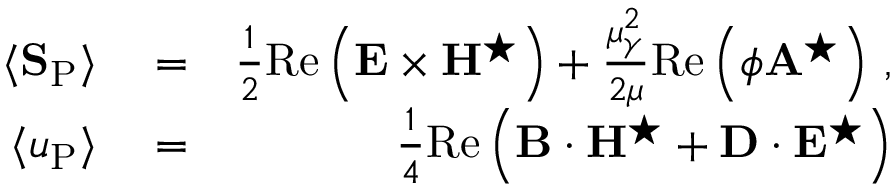
\begin{array} { r l r } { \langle { \bf S } _ { \mathrm { P } } \rangle } & { { } = } & { \frac { 1 } { 2 } \mathrm { R e } \left( { \bf E } \times { \bf H } ^ { \star } \right) + \frac { \mu _ { \gamma } ^ { 2 } } { 2 \mu } \mathrm { R e } \left( \phi { \bf A } ^ { \star } \right) \, , } \\ { \langle u _ { \mathrm { P } } \rangle } & { { } = } & { \frac { 1 } { 4 } \mathrm { R e } \left( { \bf B } \cdot { \bf H } ^ { \star } + { \bf D } \cdot { \bf E } ^ { \star } \right) } \end{array}